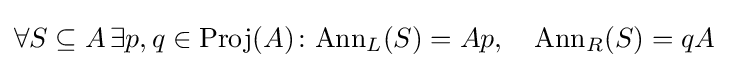
\forall S\subseteq A\,\exists p,q\in \mathrm {Proj} (A)\colon \mathrm {Ann} _{L}(S)=Ap,\quad \mathrm {Ann} _{R}(S)=qA